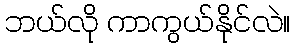
ဘယ်လို ကာကွယ်နိုင်လဲ။